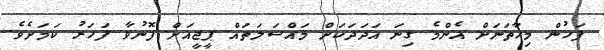
ފަހުން މިހާތަނަށް އެންމެ ގިނަ އަދަދަކަށް މައްސަލަތައް ޕީޖީއަށް ފޮނުވާ ފަހަރު ކަމަށެވެ.